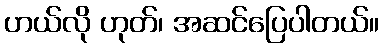
ဟယ်လို ဟုတ်၊ အဆင်ပြေပါတယ်။